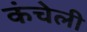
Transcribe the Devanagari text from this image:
कंचेली